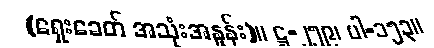
(ရှေးခေတ် အသုံးအနှုန်း)။ ဋ္ဌ-၂၅၉၊ ပါ-၁၅၃။